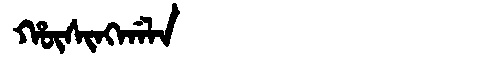
Manchu: ᡥᡡᠰᡳᠩᡤᠠᠯᠠ
Romanization: HŪSINGGALA